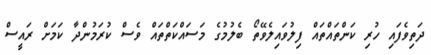
ދަތިވެފައި ހުރި ކަންތައްތައް ފިލުވައިލެވޭތޯ ބެލުމުގެ މަސައްކަތްތައް ވެސް ކުރަމުންދާ ކަމަށް ރައީސް